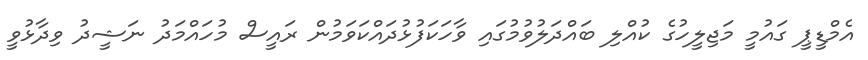
އެމްޑީޕީ ގައުމީ މަޖިލީހުގެ ކުއްލި ބައްދަލުވުމުގައި ވާހަކަފުޅުދައްކަވަމުން ރައީސް މުހައްމަދު ނަޝީދު ވިދާޅުވީ